Annual report on the Civil Veterinary Department, Burma (including the Insein Veterinary School) - 1932-1941
Year: 1932
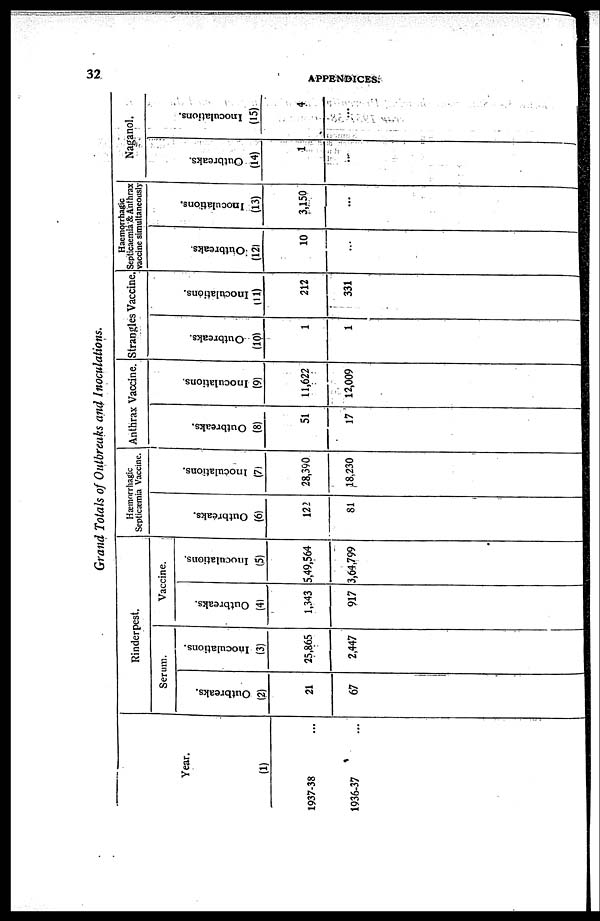
32
APPENDICES;
Grand Totals of Outbreaks and Inoculations.
Year.
(1)
1937-38 ...
1936-37 ...
Rinderpest.
Serum.
Outbreaks.
(2)
21
67
Inoculations.
(3)
25,865
2,447
Vaccine.
Outbreaks.
(4)
1,343
917
Inoculations.
(5)
5,49,564
3,64,799
Hæmorrhagic
Septicæmia Vaccine.
Out br e a ks .
(6)
122
81
Inoculations.
(7)
28,390
18,230
Anthrax Vaccine.
Out br eaks .
(8)
51
17
I nocul at i
ons .
(9)
11,622
12,009
Strangles Vaccine
Out br e a ks .
(10)
1
1
I nocul at i
ons .
(11)
212
331
Haemorrhagic
Septicaemia & Anthrax
vaccine simultaneously
Out br e a ks .
(12)
10
...
I nocul at i
ons .
(13)
3,150
...
Naganol.
Out br e a ks .
(14)
1
...
I nocul at i
ons .
(15)
4
...